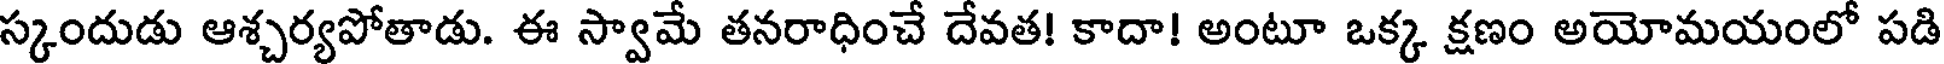
స్కందుడు ఆశ్చర్యపోతాడు. ఈ స్వామే తనరాధించే దేవత! కాదా! అంటూ ఒక్క క్షణం అయోమయంలో పడి